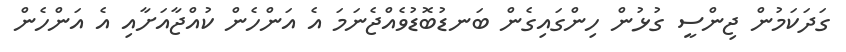
ގަދަކަމުން ޖިންސީ ގުޅުން ހިންގައިގެން ބަނޑުބޮޑުވެއްޖެނަމަ އެ އަންހެން ކުއްޖާއަށާއި އެ އަންހެން